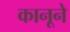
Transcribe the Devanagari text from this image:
कानूने